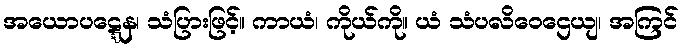
အယောပဋ္ဋေန၊ သံပြားဖြင့်။ ကာယံ၊ ကိုယ်ကို။ ယံ သံပလိဝေဌေယျ၊ အကြင်